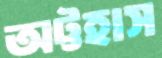
অট্টহাস